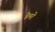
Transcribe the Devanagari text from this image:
डेमरे